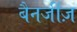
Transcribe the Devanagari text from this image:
बैनर्जीज़